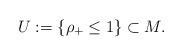
LaTeX: \begin{align*} U := \{ \rho_+ \leq 1 \} \subset M.\end{align*}